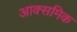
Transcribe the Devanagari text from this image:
आक्समिक